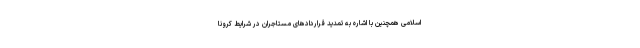
اسلامی همچنین با اشاره به تمدید قرارداد‌های مستاجران در شرایط کرونا